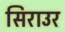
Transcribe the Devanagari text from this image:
सिराउर